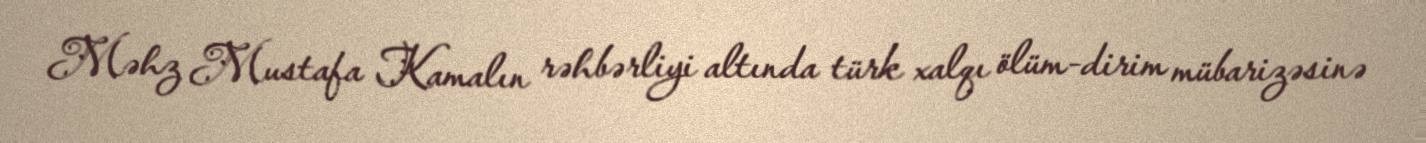
Məhz Mustafa Kamalın rəhbərliyi altında türk xalqı ölüm-dirim mübarizəsinə